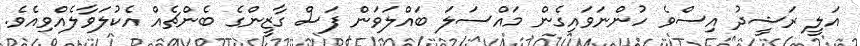
އަލީ ރަޝީދު އިސްވެ ހުންނަވައިގެން މައްސަލަ ބައްލަވަން ފަސް ގާޒީންގެ ބެންޗެއް އެކުލަވާލެއްވިއެވެ.